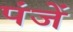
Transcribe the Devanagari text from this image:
पंजें